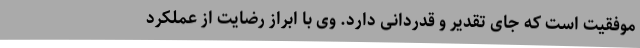
موفقیت است که جای تقدیر و قدردانی دارد. وی با ابراز رضایت از عملکرد